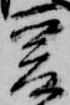
爰